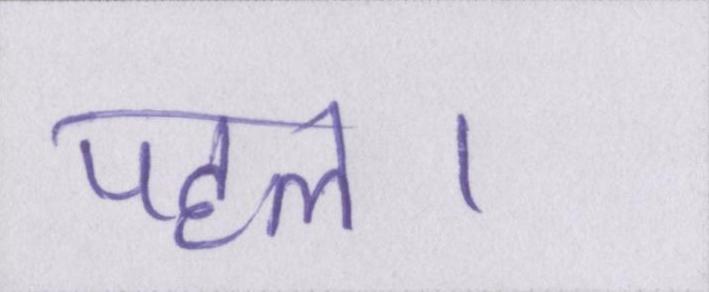
पहल।